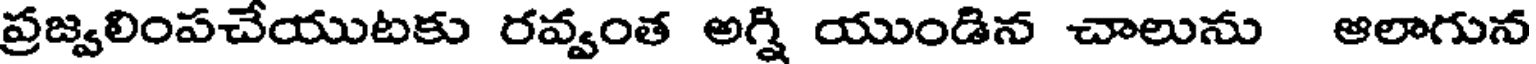
ప్రజ్వలింపచేయుటకు రవ్వంత అగ్ని యుండిన చాలును ఆలాగున